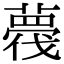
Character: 薎